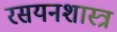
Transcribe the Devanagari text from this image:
रसयनशास्त्र